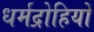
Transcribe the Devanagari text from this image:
धर्मद्रोहियों